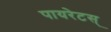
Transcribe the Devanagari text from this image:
पायरेटस्